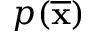
p ( { \overline { { \mathbf { x } } } } )